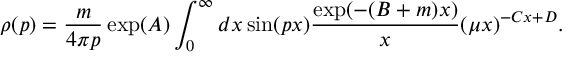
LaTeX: \rho ( p ) = \frac { m } { 4 \pi p } \exp ( A ) \int _ { 0 } ^ { \infty } d x \sin ( p x ) \frac { \exp ( - ( B + m ) x ) } { x } ( \mu x ) ^ { - C x + D } .